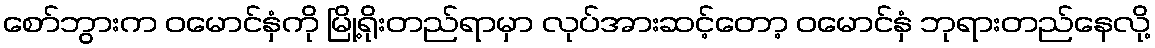
စော်ဘွားက ဝမောင်နှံကို မြို့ရိုးတည်ရာမှာ လုပ်အားဆင့်တော့ ဝမောင်နှံ ဘုရားတည်နေလို့